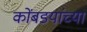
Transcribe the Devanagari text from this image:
कोंबडयांच्या